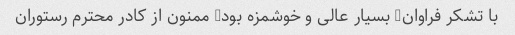
با تشکر فراوان- بسیار عالی و خوشمزه بود- ممنون از کادر محترم رستوران